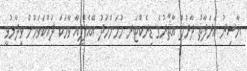
ޔާސިރު އަރަފާތު ދާރުލް އާޘާރުގެ ޑިރެކްޓަރ މުހަންމަދު އޭއެފްޕީއާ ވާހަކަ ދައްކަވަމުން ވިދާޅުވީ